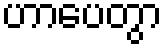
ဟာပေတွာ